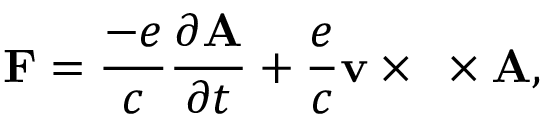
{ \bf F } = \frac { - e } { c } \frac { \partial { \bf A } } { \partial t } + \frac { e } { c } { \bf v } \times { \bf \nabla } \times { \bf A } ,